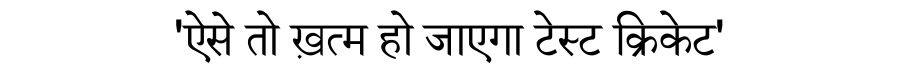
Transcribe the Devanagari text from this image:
'ऐसे तो ख़त्म हो जाएगा टेस्ट क्रिकेट'